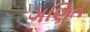
ગણિત